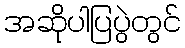
အဆိုပါပြပွဲတွင်